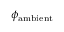
\phi _ { \mathrm { a m b i e n t } }